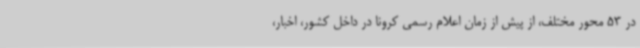
در 53 محور مختلف، از پیش از زمان اعلام رسمی کرونا در داخل کشور، اخبار،